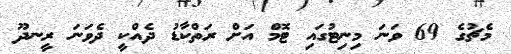
މެޗުގެ 69 ވަނަ މިނިޓުގައި ޓޮމް އަށް ރަތްކާޑު ދެއްކީ ދެވަނަ ރީނދޫ